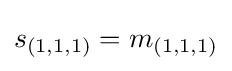
s_{(1,1,1)}=m_{(1,1,1)}